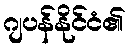
ဂျပန်နိုင်ငံ၏